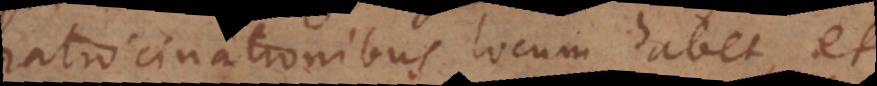
ratiocinationibus locum habet, et